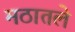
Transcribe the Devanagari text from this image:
मठातले